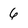
Character: 6